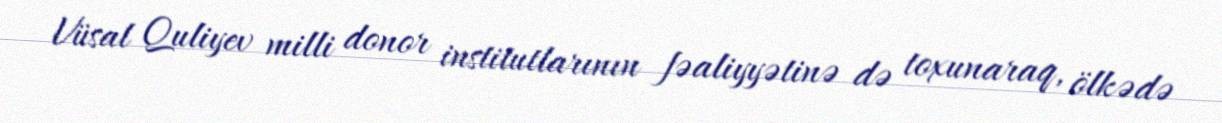
Vüsal Quliyev milli donor institutlarının fəaliyyətinə də toxunaraq, ölkədə